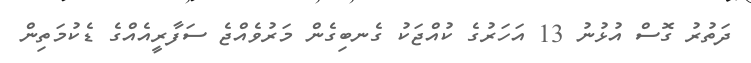
ދަތުރު ގޮސް އުޅުނު 13 އަހަރުގެ ކުއްޖަކު ގެނބިގެން މަރުވެއްޖެ ސަފާރީއެއްގެ ޑެކުމަތިން